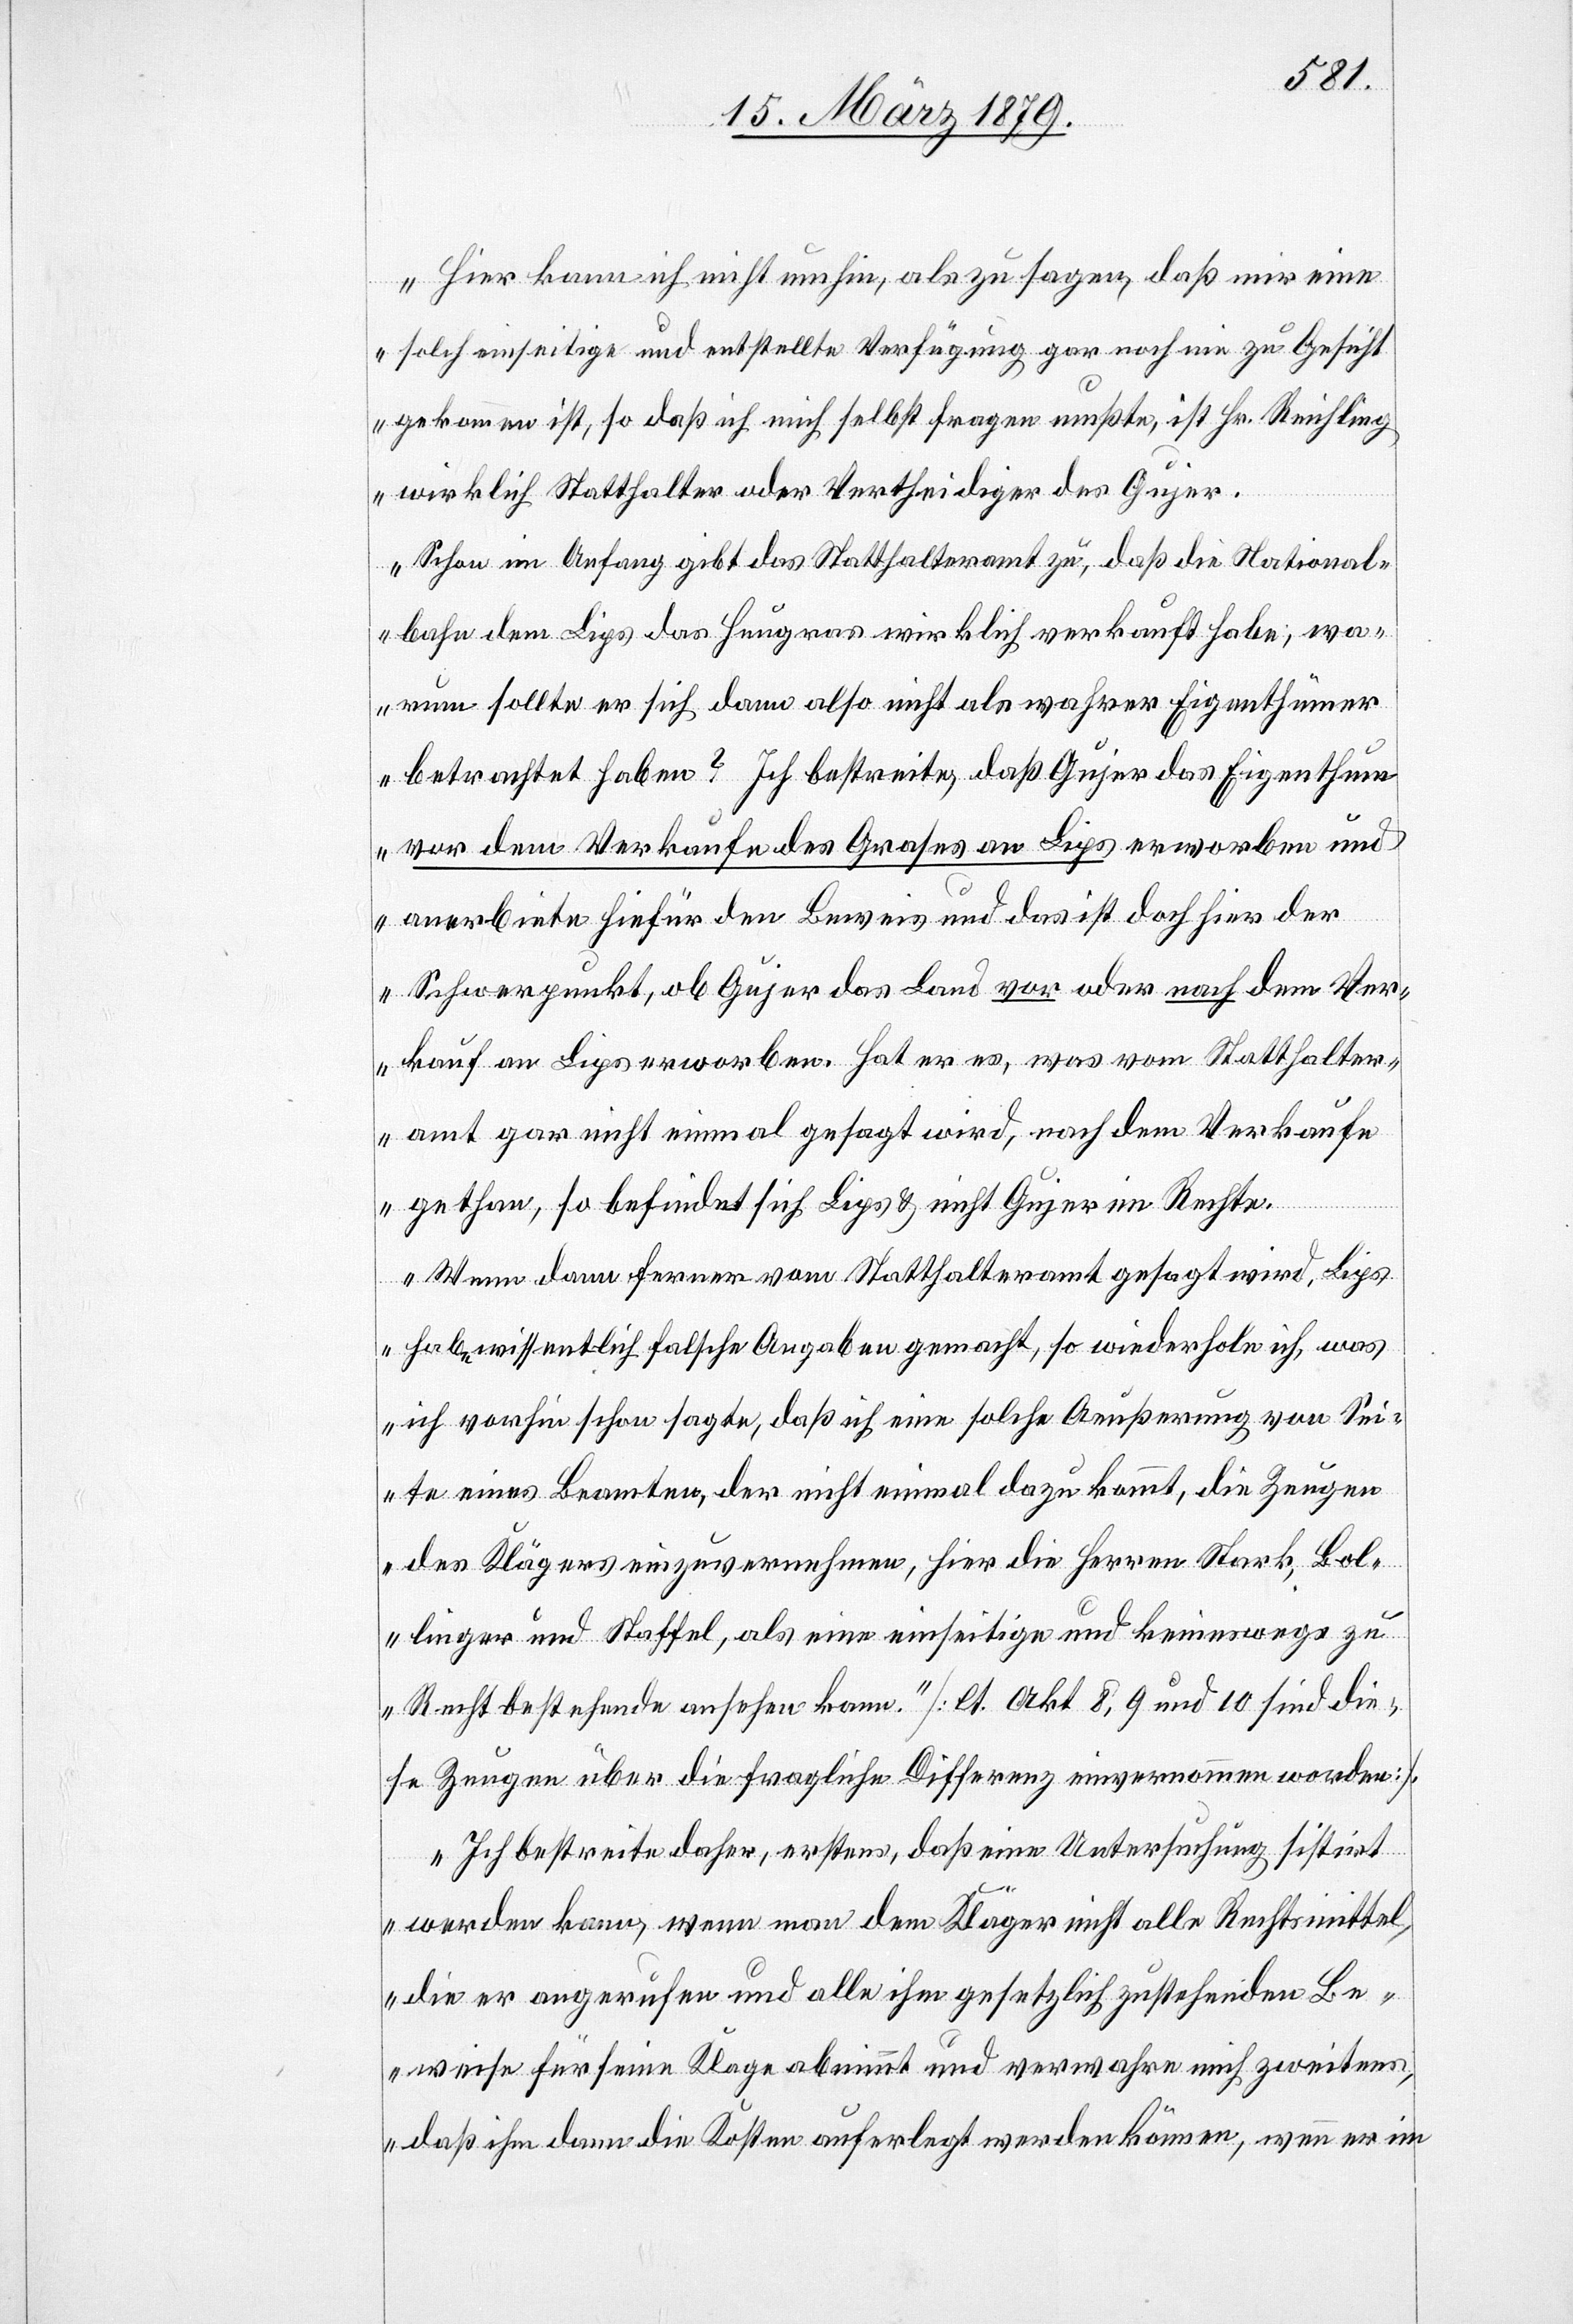
„Hier kann ich nicht umhin, als zu sagen, daß mir eine
solch einseitige und entstellte Verfügung gar noch nie zu Gesicht
gekommen ist, so daß ich mich selbst fragen mußte, ist Hr. Reichling
wirklich Statthalter oder Vertheidiger des Gujer.
Schon im Anfang gibt das Statthalteramt zu, daß die National¬
bahn Lips das Heugras wirklich verkauft habe; wa¬
rum sollte er sich dann also nicht als wahrer Eigenthümer
betrachtet haben? Ich bestreite, daß Gujer das Eigenthum
vor dem Verkaufe des Grases an Lips erworben und
anerbiete hiefür den Beweis und das ist doch hier der
Schwerpunkt, ob Gujer das Land vor oder nach dem Ver¬
kauf an Lips erworben. Hat er es, was vom Statthalter¬
amt gar nicht einmal gesagt wird, nach dem Verkaufe
gethan, so befindet sich Lips & nicht Gujer im Rechte.
Wenn dann ferner vom Statthalteramt gesagt wird, Lips
habe wissentlich falsche Angaben gemacht, so wiederhole ich, was
ich vorhin schon sagte, daß ich eine solche Aeußerung von Sei¬
te eines Beamten, der nicht einmal dazu kommt, die Zeugen
des Klägers einzuvernehmen, hier die Herren Stark, Bol¬
linger und Staffel, als eine einseitige und keineswegs zu
Recht bestehende ansehen kann.“ [lt. Akt. 8, 9 und 10 sind die¬
se Zeugen über die fragliche Differenz einvernommen worden].
„Ich bestreite daher, erstens, daß eine Untersuchung sistirt
werden kann, wenn man dem Kläger nicht alle Rechtsmittel,
die er angerufen und alle ihm gesetzlich zustehenden Be¬
weise für seine Klage abnimmt und verwahre mich zweitens,
daß ihm dann die Kosten auferlegt werden können, wenn er im